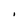
Character: I